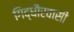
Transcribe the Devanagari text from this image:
गिद्धौरवासी